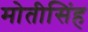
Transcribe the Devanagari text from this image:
मोतीसिंह